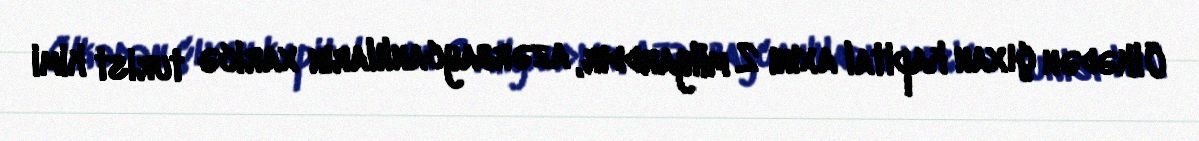
Ölkədən çıxan kapital axını 2 milyarddır, azərbaycanlıların xaricə turist kimi